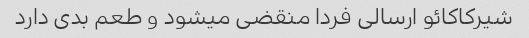
شیرکاکائو ارسالی فردا منقضی میشود و طعم بدی دارد